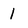
Character: 1